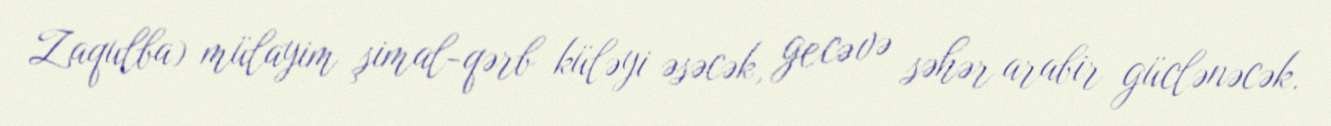
Zaqulba) mülayim şimal-qərb küləyi əsəcək, gecə və səhər arabir güclənəcək.